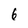
Character: 6